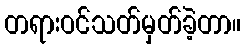
တရားဝင်သတ်မှတ်ခဲ့တာ။